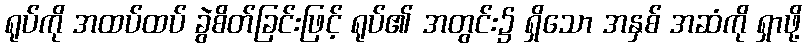
ရုပ်ကို အထပ်ထပ် ခွဲစိတ်ခြင်းဖြင့် ရုပ်၏ အတွင်း၌ ရှိသော အနှစ် အဆံကို ရှာဖို့